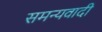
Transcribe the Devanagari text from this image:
समन्यवादी